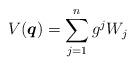
LaTeX: \begin{gather*} V(\boldsymbol{q})=\sum_{j=1}^n g^j W_j\end{gather*}